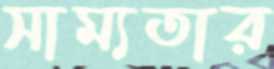
সাম্যতার